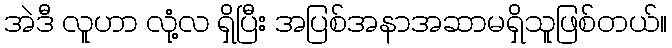
အဲဒီ လူဟာ လုံ့လ ရှိပြီး အပြစ်အနာအဆာမရှိသူဖြစ်တယ်။